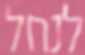
לנחל